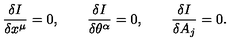
\frac { \delta I } { \delta x ^ { \mu } } = 0 , \qquad \frac { \delta I } { \delta \theta ^ { \alpha } } = 0 , \qquad \frac { \delta I } { \delta A _ { j } } = 0 .